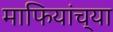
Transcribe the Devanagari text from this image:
माफियांच्या